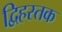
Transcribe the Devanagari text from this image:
द्विहस्तक